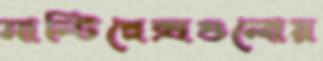
মাল্টিপ্লেক্সগুলোয়